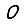
Digit: 0